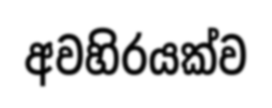
අවහිරයක්ව